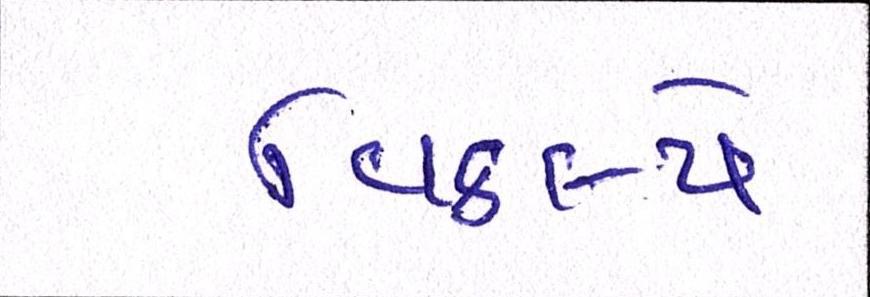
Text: વિકલ્પે